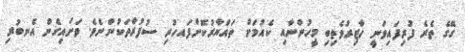
ގޭގެ ތެރެ ފުރިފައިވަނީ ހާޒިރުވެތިބި މީހުންނާއި ކެއުމަށް ތައްޔާރުކޮށްފައހުރި ސުފުރާތަކުންނެވެ. ވަށައިގެން އެނބުރި